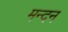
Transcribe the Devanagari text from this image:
मन्दन